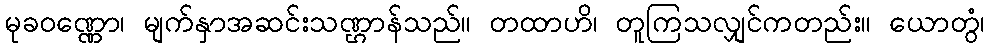
မုခဝဏ္ဏော၊ မျက်နှာအဆင်းသဏ္ဌာန်သည်။ တထာဟိ၊ တူကြသလျှင်ကတည်း။ ယောတွံ၊